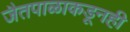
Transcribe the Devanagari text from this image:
जैतपाळाकडूनही